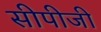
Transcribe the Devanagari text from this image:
सीपीजी